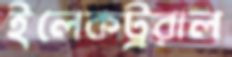
ইলেকট্ররাল